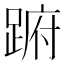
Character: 𨁵